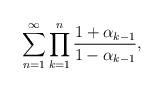
LaTeX: \begin{align*} \sum_{n=1}^{\infty} \prod_{k=1}^n\frac{1 + \alpha_{k-1}}{1 - \alpha_{k-1}}, \end{align*}